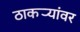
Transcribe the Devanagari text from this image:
ठाकर्‍यांवर